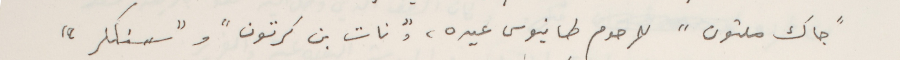
"جاك ملتون" للمرحوم طانيوس عيده، و"نات بن كرتون" و"سنكلر"